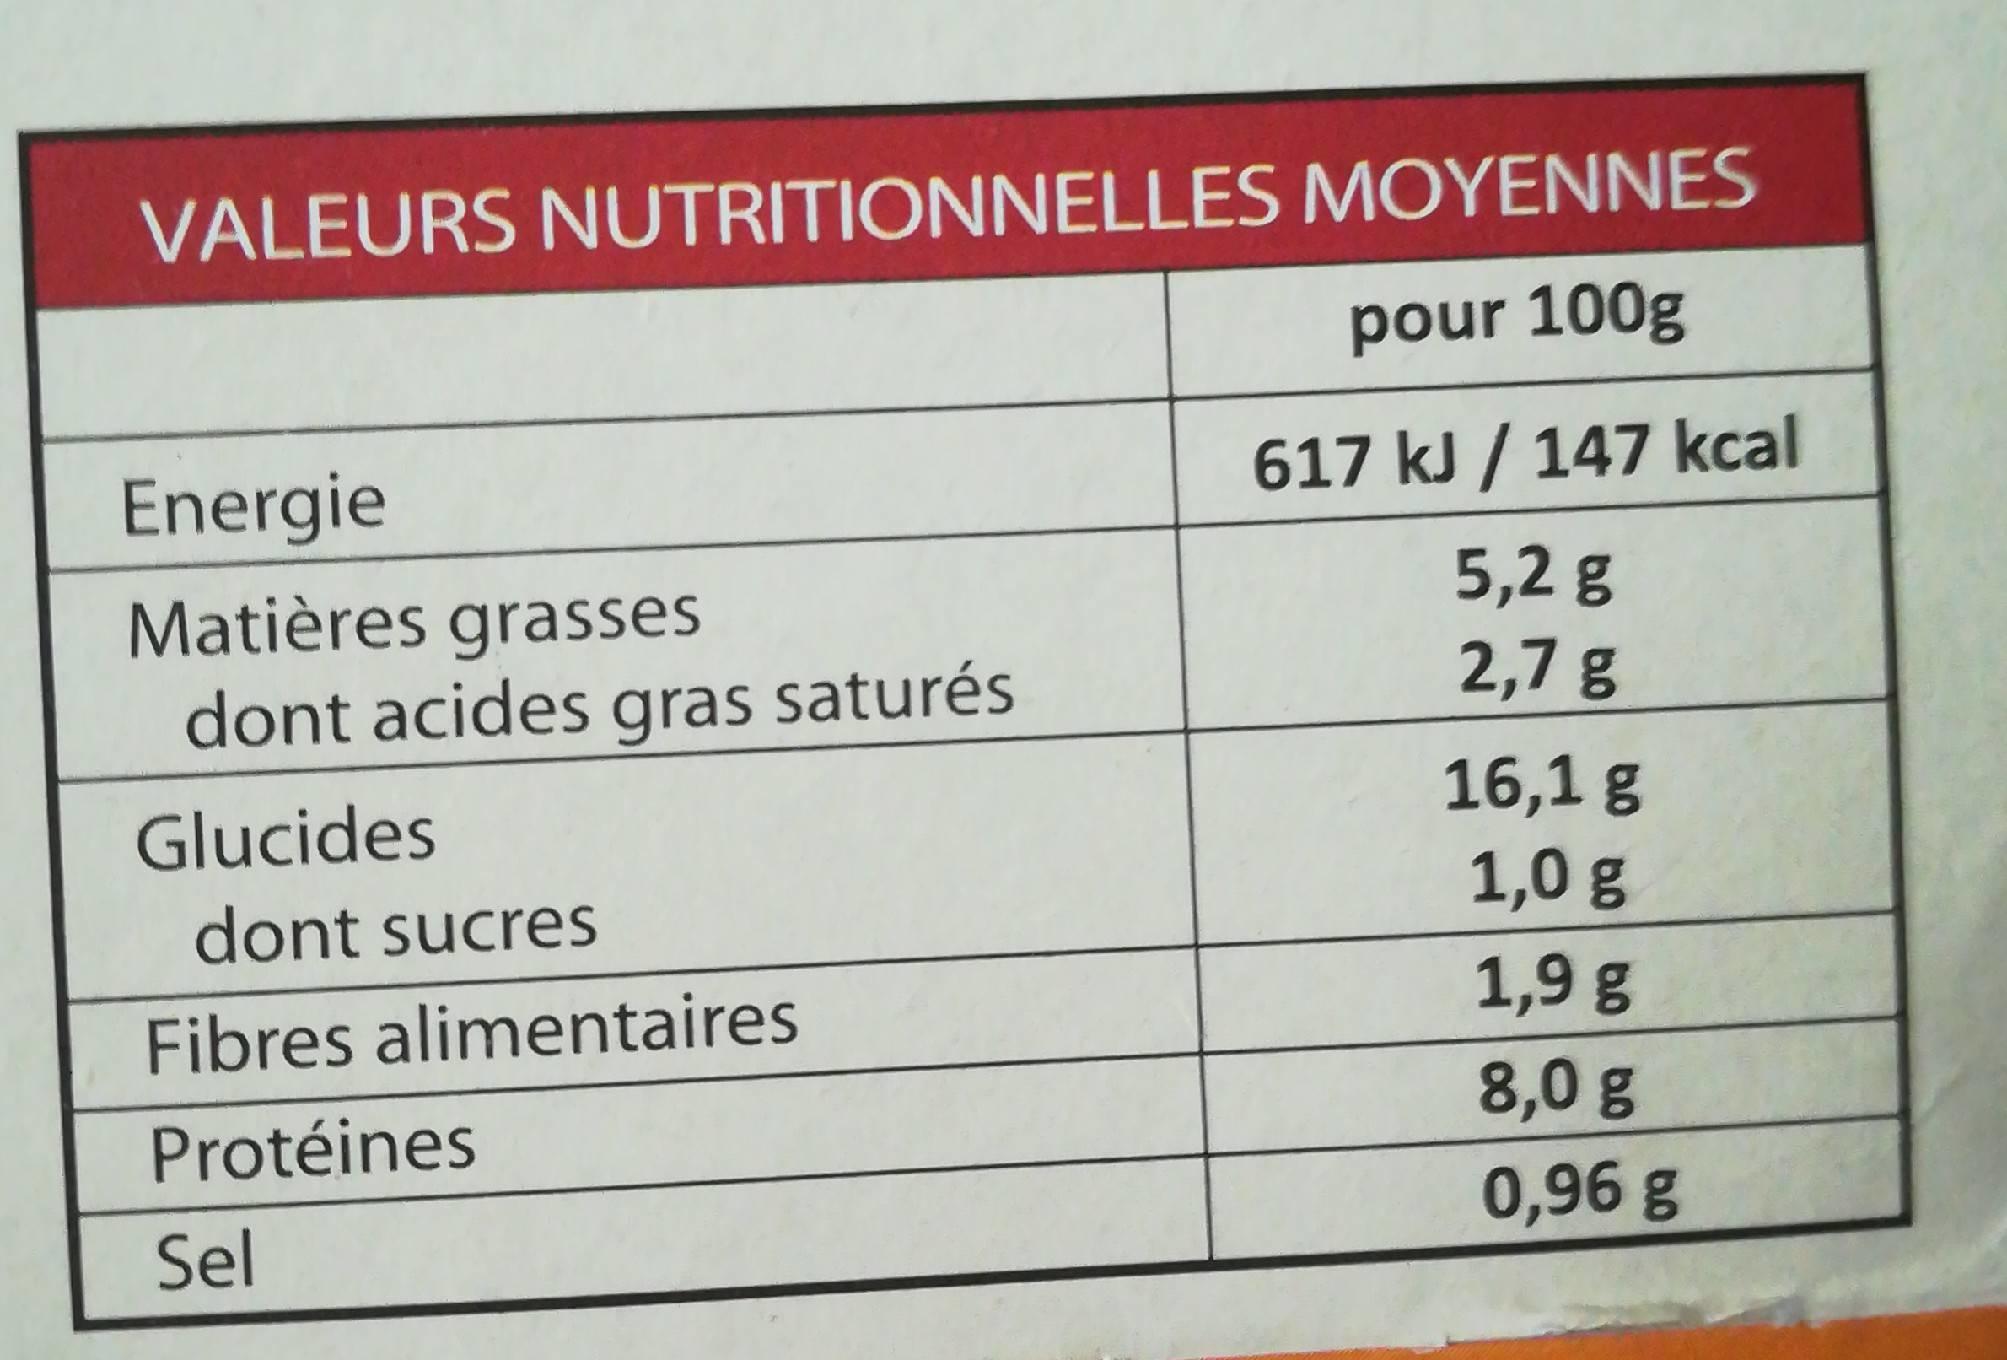
VALEURS NUTRITIONNELLES MOYENNES
pour 100g
617 kJ / 147 kcal
5,2 g
2,7 g
Energie
Matières grasses
dont acides gras saturés
Glucides
dont sucres
Fibres alimentaires
Protéines
Sel
16,1 g
1,0 g
1,9 g
8,0 g
0,96 g